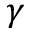
\gamma